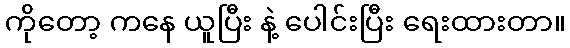
ကိုတော့ ကနေ ယူပြီး နဲ့ ပေါင်းပြီး ရေးထားတာ။